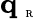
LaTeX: {{\mathbf q}_{\mathrm{~\tiny~R~}}}